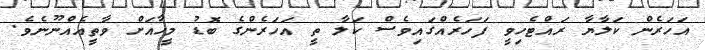
އަހަރެން ކަލާޔާ ރައްޓެހިވީ ފަހަރެއްގައިވެސް ކަލާ ތީ އަހަރެންގެ ބޮޑު މީހާއަށް ވާތީއެއްނޫނެވެ.